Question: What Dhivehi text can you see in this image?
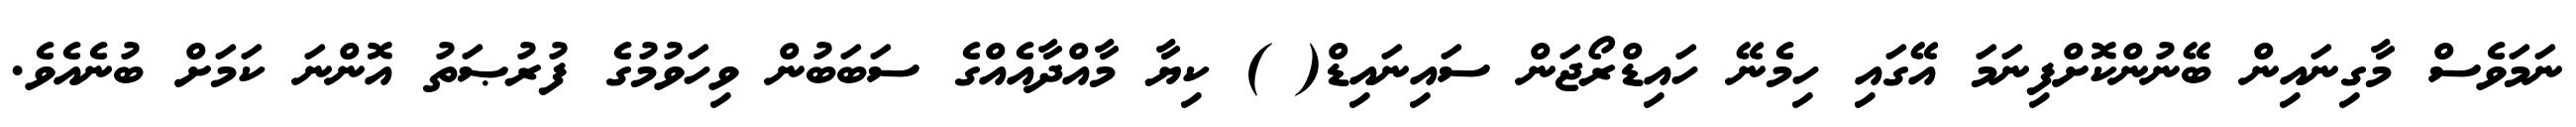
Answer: ނަމަވެސް މާގިނައިން ބޭނުންކޮށްފިނަމަ އޭގައި ހިމެނޭ ހައިޑްރޯޖަން ސައިނައިޑް( ) ކިޔާ މާއްދާއެއްގެ ސަބަބުން ވިހަވުމުގެ ފުރުޞަތު އޮންނަ ކަމަށް ބުނެއެވެ.